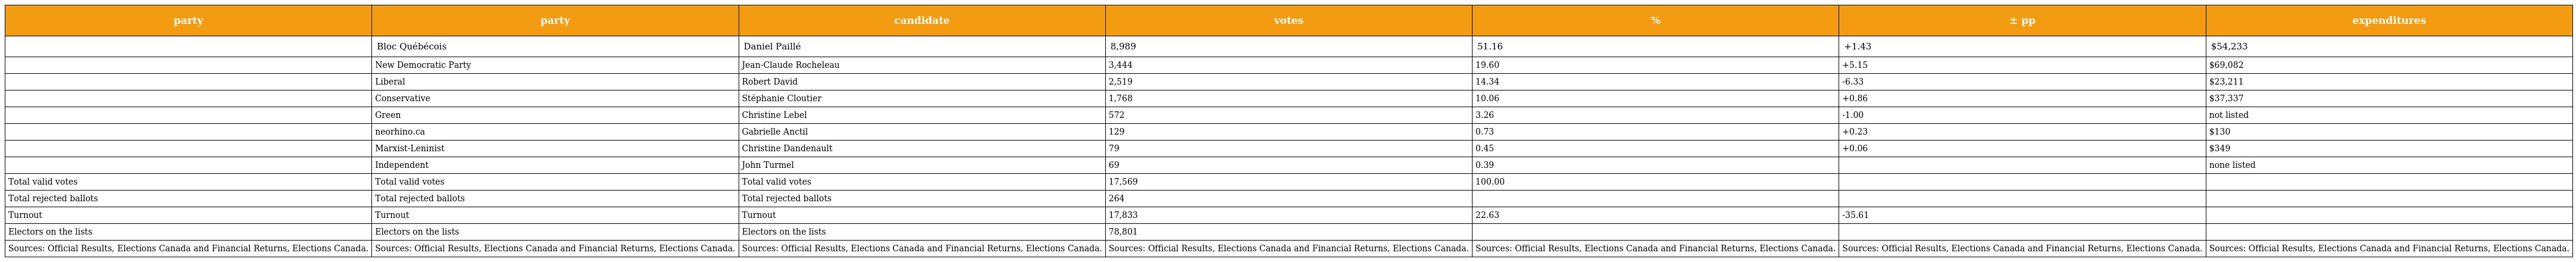
| party | party | candidate | votes | % | ± pp | expenditures |
 | --- | --- | --- | --- | --- | --- | --- |
 |  | Bloc Québécois | Daniel Paillé | 8,989 | 51.16 | +1.43 | $54,233 |
 |  | New Democratic Party | Jean-Claude Rocheleau | 3,444 | 19.60 | +5.15 | $69,082 |
 |  | Liberal | Robert David | 2,519 | 14.34 | -6.33 | $23,211 |
 |  | Conservative | Stéphanie Cloutier | 1,768 | 10.06 | +0.86 | $37,337 |
 |  | Green | Christine Lebel | 572 | 3.26 | -1.00 | not listed |
 |  | neorhino.ca | Gabrielle Anctil | 129 | 0.73 | +0.23 | $130 |
 |  | Marxist-Leninist | Christine Dandenault | 79 | 0.45 | +0.06 | $349 |
 |  | Independent | John Turmel | 69 | 0.39 |  | none listed |
 | Total valid votes | Total valid votes | Total valid votes | 17,569 | 100.00 |  |  |
 | Total rejected ballots | Total rejected ballots | Total rejected ballots | 264 |  |  |  |
 | Turnout | Turnout | Turnout | 17,833 | 22.63 | -35.61 |  |
 | Electors on the lists | Electors on the lists | Electors on the lists | 78,801 |  |  |  |
 | Sources: Official Results, Elections Canada and Financial Returns, Elections Canada. | Sources: Official Results, Elections Canada and Financial Returns, Elections Canada. | Sources: Official Results, Elections Canada and Financial Returns, Elections Canada. | Sources: Official Results, Elections Canada and Financial Returns, Elections Canada. | Sources: Official Results, Elections Canada and Financial Returns, Elections Canada. | Sources: Official Results, Elections Canada and Financial Returns, Elections Canada. | Sources: Official Results, Elections Canada and Financial Returns, Elections Canada. |